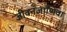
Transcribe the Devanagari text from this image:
जीवनजाणिवा